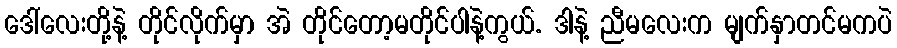
ဒေါ်လေးတို့နဲ့ တိုင်လိုက်မှာ အဲ တိုင်တော့မတိုင်ပါနဲ့ကွယ်. ဒါနဲ့ ညီမလေးက မျက်နှာတင်မကပဲ